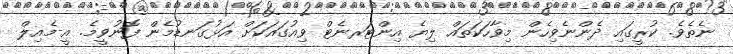
ނެތެވެ. ކުރީގައި ދެންނެވިހެން މިވާހަކަތައް ލިޔެ އިންޓަރނެޓް ވިއުގައަކަށް އަޅުގަނޑުމެން ފޮނުވީމެެ. އީ-މެއިލް